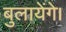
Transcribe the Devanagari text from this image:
बुलायेंगे।